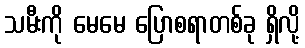
သမီးကို မေမေ ပြောစရာတစ်ခု ရှိလို့